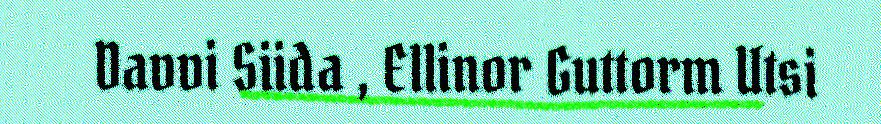
Davvi Siida , Ellinor Guttorm Utsi